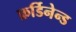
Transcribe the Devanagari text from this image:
फ़र्डिनेन्ड